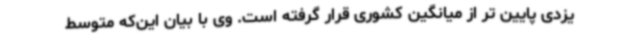
یزدی پایین تر از میانگین کشوری قرار گرفته است. وی با بیان این‌که متوسط